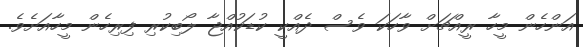
އަންހެން މީހާ ރީއްޗަށް ވާހަކަ ވެސް ދެއްކީ ކުޑަކުއްޖާ ލޯބިކުރި ފިރިހެން މީހާއަށެވެ.